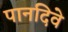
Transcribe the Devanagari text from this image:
पानदिवे